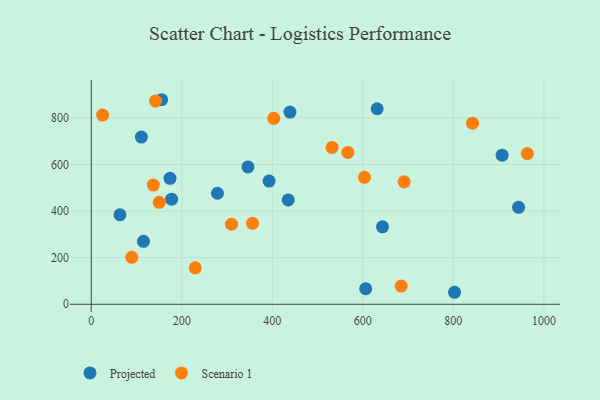
{"axis": {"x": "Experience", "y": "Fuel Efficiency"}, "legend": ["Projected", "Scenario 1"], "data": [{"x": "907.7", "y": 640.0, "type": "Projected"}, {"x": "606.3", "y": 66.9, "type": "Projected"}, {"x": "631.6", "y": 839.3, "type": "Projected"}, {"x": "155.4", "y": 878.1, "type": "Projected"}, {"x": "392.9", "y": 528.7, "type": "Projected"}, {"x": "435.1", "y": 447.9, "type": "Projected"}, {"x": "278.8", "y": 476.7, "type": "Projected"}, {"x": "802.6", "y": 51.5, "type": "Projected"}, {"x": "174.0", "y": 540.6, "type": "Projected"}, {"x": "944.1", "y": 416.1, "type": "Projected"}, {"x": "643.4", "y": 332.4, "type": "Projected"}, {"x": "439.0", "y": 825.0, "type": "Projected"}, {"x": "346.2", "y": 589.8, "type": "Projected"}, {"x": "115.4", "y": 270.1, "type": "Projected"}, {"x": "63.4", "y": 384.3, "type": "Projected"}, {"x": "110.7", "y": 717.6, "type": "Projected"}, {"x": "177.6", "y": 451.1, "type": "Projected"}, {"x": "137.1", "y": 511.7, "type": "Scenario 1"}, {"x": "842.4", "y": 777.6, "type": "Scenario 1"}, {"x": "229.7", "y": 156.3, "type": "Scenario 1"}, {"x": "356.3", "y": 347.7, "type": "Scenario 1"}, {"x": "963.5", "y": 646.8, "type": "Scenario 1"}, {"x": "603.7", "y": 545.0, "type": "Scenario 1"}, {"x": "532.0", "y": 673.3, "type": "Scenario 1"}, {"x": "25.1", "y": 812.3, "type": "Scenario 1"}, {"x": "684.7", "y": 78.0, "type": "Scenario 1"}, {"x": "403.3", "y": 798.4, "type": "Scenario 1"}, {"x": "691.2", "y": 525.6, "type": "Scenario 1"}, {"x": "566.9", "y": 651.7, "type": "Scenario 1"}, {"x": "309.9", "y": 343.8, "type": "Scenario 1"}, {"x": "89.5", "y": 201.5, "type": "Scenario 1"}, {"x": "150.3", "y": 437.8, "type": "Scenario 1"}, {"x": "142.0", "y": 872.5, "type": "Scenario 1"}]}